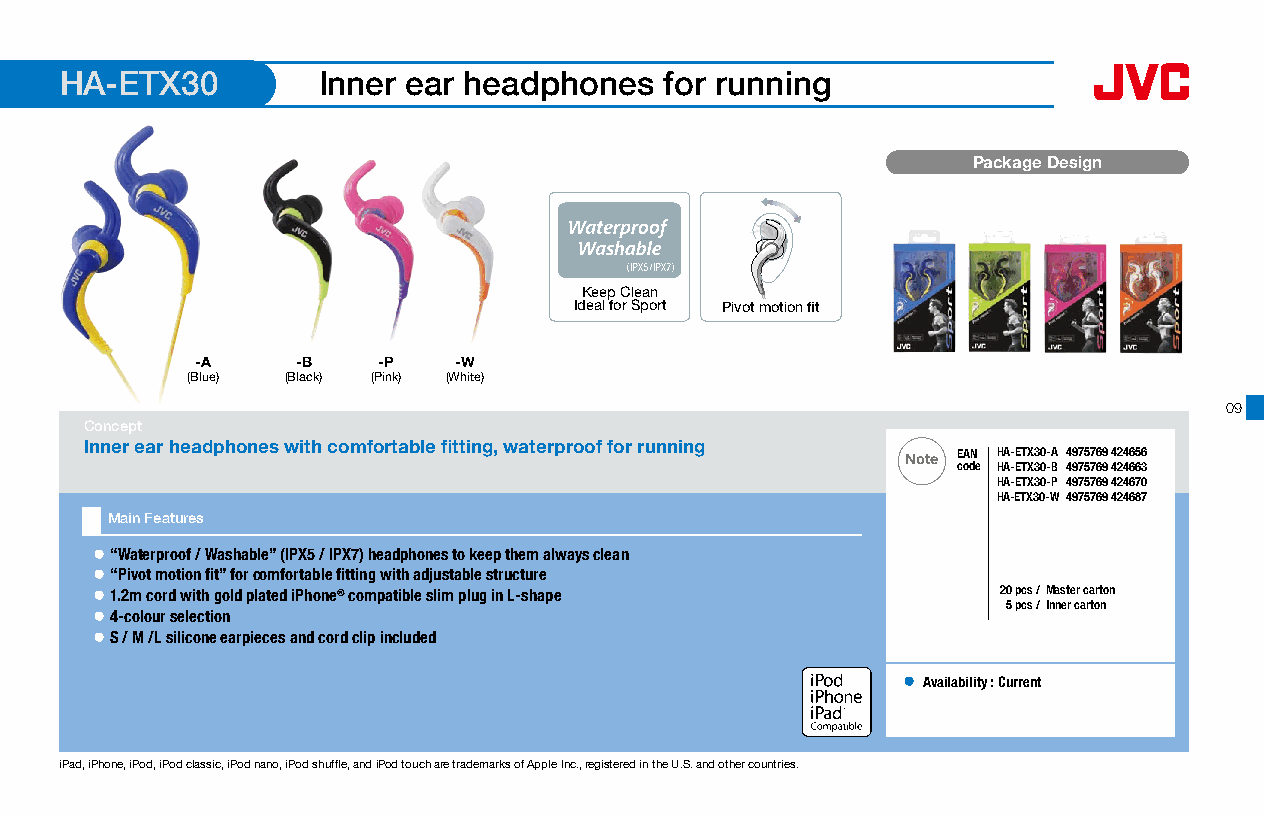
HA-ETX30         Inner ear headphones   for running
 Package Design
 Keep Clean
 Ideal for Sport Pivot motion fit
 -A     -B   -P   -W
 (Blue) (Black) (Pink) (White)
 09
 Concept
 Inner ear headphones with comfortable fitting, waterproof for running
 Note EEAANN HA-ETX30-A 4975769 424656
 ccooddee HA-ETX30-B 4975769 424663
 HA-ETX30-P 4975769 424670
 HA-ETX30-W 4975769 424687
 Main Features
 ● “Waterproof / Washable” (IPX5 / IPX7) headphones to keep them always clean
 ● “Pivot motion fit” for comfortable fitting with adjustable structure
 ● 1.2m cord with gold plated iPhone® compatible slim plug in L-shape 2200 ppccss //MMaasstteerr ccaarrttoonn
 55 ppccss // IInnnneerr ccaarrttoonn
 ● 4-colour selection
 ● S / M /L silicone earpieces and cord clip included
 ● Availability : Current
 16 x 16mm
 iPad, iPhone, iPod, iPod classic, iPod nano, iPod shuffle, and iPod touch are trademarks of Apple Inc., registered in the U.S. and other countries.